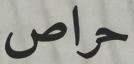
حراص